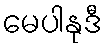
မေပါနုဒီ